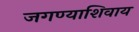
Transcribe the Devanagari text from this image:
जगण्याशिवाय